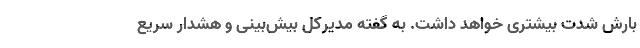
بارش شدت بیشتری خواهد داشت. به گفته مدیرکل بیش‌بینی و هشدار سریع